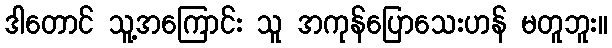
ဒါတောင် သူ့အကြောင်း သူ အကုန်ပြောသေးဟန် မတူဘူး။